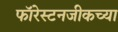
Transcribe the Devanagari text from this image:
फॉरेस्टनजीकच्या